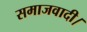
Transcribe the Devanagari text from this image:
समाजवादी।